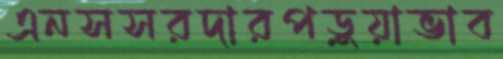
এনসসরদারপড়ুয়াভাব